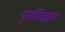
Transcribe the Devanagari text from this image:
पुनर्डिजाइन